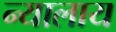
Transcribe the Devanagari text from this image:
न्यालाय